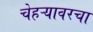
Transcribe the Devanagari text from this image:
चेहऱ्यावरचा